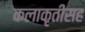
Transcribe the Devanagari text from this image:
कलाकृतींसह